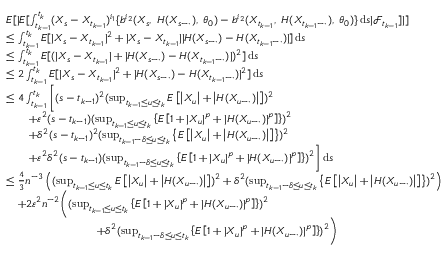
\begin{array} { r l } & { E [ | E [ \int _ { t _ { k - 1 } } ^ { t _ { k } } ( X _ { s } - X _ { t _ { k - 1 } } ) ^ { i _ { 1 } } \{ b ^ { i _ { 2 } } ( X _ { s } , ~ H ( X _ { s - \cdot } ) , ~ \theta _ { 0 } ) - b ^ { i _ { 2 } } ( X _ { t _ { k - 1 } } , ~ H ( X _ { t _ { k - 1 } - \cdot } ) , ~ \theta _ { 0 } ) \} \, \mathrm { d } s | \mathcal { F } _ { t _ { k - 1 } } ] | ] } \\ & { \leq \int _ { t _ { k - 1 } } ^ { t _ { k } } E [ | X _ { s } - X _ { t _ { k - 1 } } | ^ { 2 } + | X _ { s } - X _ { t _ { k - 1 } } | | H ( X _ { s - \cdot } ) - H ( X _ { t _ { k - 1 } - \cdot } ) | ] \, \mathrm { d } s } \\ & { \leq \int _ { t _ { k - 1 } } ^ { t _ { k } } E [ ( | X _ { s } - X _ { t _ { k - 1 } } | + | H ( X _ { s - \cdot } ) - H ( X _ { t _ { k - 1 } - \cdot } ) | ) ^ { 2 } ] \, \mathrm { d } s } \\ & { \leq 2 \int _ { t _ { k - 1 } } ^ { t _ { k } } E [ | X _ { s } - X _ { t _ { k - 1 } } | ^ { 2 } + | H ( X _ { s - \cdot } ) - H ( X _ { t _ { k - 1 } - \cdot } ) | ^ { 2 } ] \, \mathrm { d } s } \\ & { \leq 4 \int _ { t _ { k - 1 } } ^ { t _ { k } } \bigg [ ( s - t _ { k - 1 } ) ^ { 2 } ( \operatorname* { s u p } _ { t _ { k - 1 } \leq u \leq t _ { k } } E \left[ \left| X _ { u } \right| + \left| H ( X _ { u - \cdot } ) \right| \right] ) ^ { 2 } } \\ & { \qquad + \varepsilon ^ { 2 } ( s - t _ { k - 1 } ) ( \operatorname* { s u p } _ { t _ { k - 1 } \leq u \leq t _ { k } } \left\{ E \left[ 1 + | X _ { u } | ^ { p } + | H ( X _ { u - \cdot } ) | ^ { p } \right] \right\} ) ^ { 2 } } \\ & { \qquad + \delta ^ { 2 } ( s - t _ { k - 1 } ) ^ { 2 } ( \operatorname* { s u p } _ { t _ { k - 1 } - \delta \leq u \leq t _ { k } } \left\{ E \left[ \left| X _ { u } \right| + \left| H ( X _ { u - \cdot } ) \right| \right] \right\} ) ^ { 2 } } \\ & { \qquad + \varepsilon ^ { 2 } \delta ^ { 2 } ( s - t _ { k - 1 } ) ( \operatorname* { s u p } _ { t _ { k - 1 } - \delta \leq u \leq t _ { k } } \left\{ E \left[ 1 + | X _ { u } | ^ { p } + | H ( X _ { u - \cdot } ) | ^ { p } \right] \right\} ) ^ { 2 } \bigg ] \, \mathrm { d } s } \\ & { \leq \frac { 4 } { 3 } n ^ { - 3 } \left( ( \operatorname* { s u p } _ { t _ { k - 1 } \leq u \leq t _ { k } } E \left[ \left| X _ { u } \right| + \left| H ( X _ { u - \cdot } ) \right| \right] ) ^ { 2 } + \delta ^ { 2 } ( \operatorname* { s u p } _ { t _ { k - 1 } - \delta \leq u \leq t _ { k } } \left\{ E \left[ \left| X _ { u } \right| + \left| H ( X _ { u - \cdot } ) \right| \right] \right\} ) ^ { 2 } \right) } \\ & { \quad + 2 \varepsilon ^ { 2 } n ^ { - 2 } \bigg ( ( \operatorname* { s u p } _ { t _ { k - 1 } \leq u \leq t _ { k } } \left\{ E \left[ 1 + | X _ { u } | ^ { p } + | H ( X _ { u - \cdot } ) | ^ { p } \right] \right\} ) ^ { 2 } } \\ & { \qquad \qquad \qquad \qquad + \delta ^ { 2 } ( \operatorname* { s u p } _ { t _ { k - 1 } - \delta \leq u \leq t _ { k } } \left\{ E \left[ 1 + | X _ { u } | ^ { p } + | H ( X _ { u - \cdot } ) | ^ { p } \right] \right\} ) ^ { 2 } \bigg ) } \end{array}